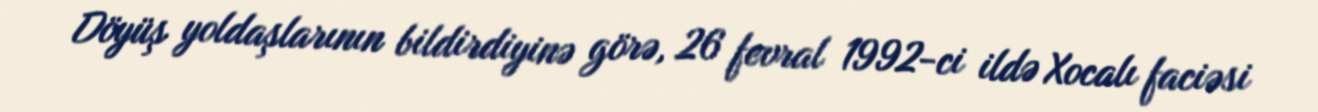
Döyüş yoldaşlarının bildirdiyinə görə, 26 fevral 1992-ci ildə Xocalı faciəsi